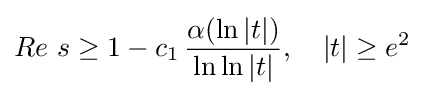
Re\ s\geq 1-c_{1}\,{\frac {\alpha (\ln |t|)}{\ln \ln |t|}},\quad |t|\geq e^{2}